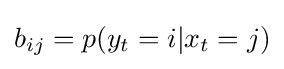
b_{ij}=p(y_{t}=i|x_{t}=j)